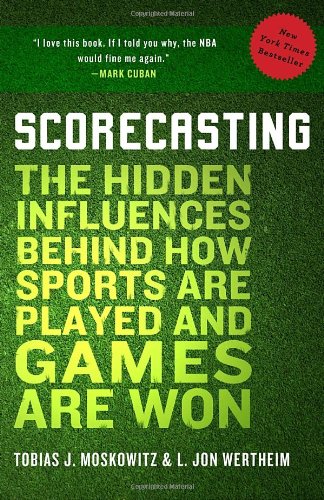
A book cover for Scorecasting: The Hidden Influences Behind How Sports Are Played and Games Are Won; Tobias Moskowitz; Sports & Outdoors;